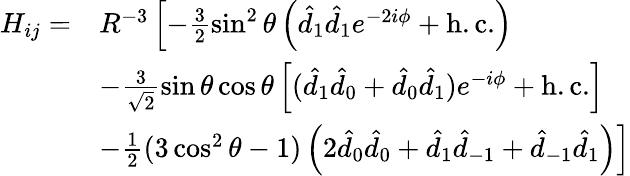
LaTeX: \begin{array}{rl}{H_{ij}=}&{R^{-3}\left[-\frac{3}{2}\sin^{2}\theta\left(\hat{d}_{1}\hat{d}_{1}e^{-2i\phi}+\mathrm{h.c.}\right)\right.}\\ &{\left.-\frac{3}{\sqrt{2}}\sin\theta\cos\theta\left[(\hat{d}_{1}\hat{d}_{0}+\hat{d}_{0}\hat{d}_{1})e^{-i\phi}+\mathrm{h.c.}\right]\right.}\\ &{\left.-\frac{1}{2}(3\cos^{2}\theta-1)\left(2\hat{d}_{0}\hat{d}_{0}+\hat{d}_{1}\hat{d}_{-1}+\hat{d}_{-1}\hat{d}_{1}\right)\right]}\end{array}